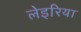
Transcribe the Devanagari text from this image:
लेइरिया